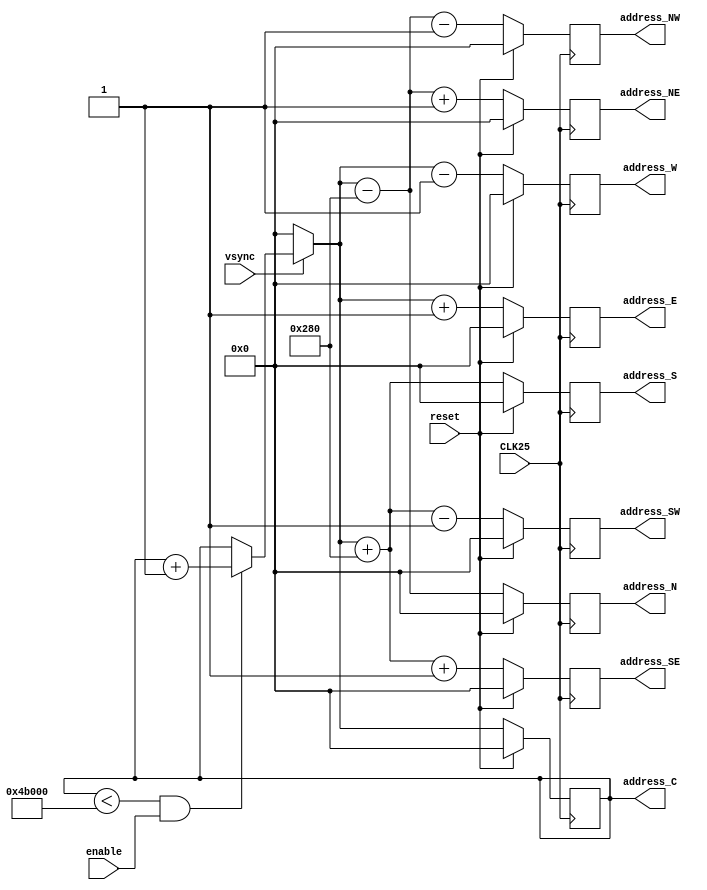
//////////////////////////////////////////////////////////////////////////////////
// Company: Akademia Grniczo-Hutnicza w Krakowie
// rdo moduu: https://www.fpga4student.com/2018/08/basys-3-fpga-ov7670-camera.html
// Tumaczone z jzyka vhdl, przerabiane do poprawnego dziaania i modyfikowane
// dla uzyskania funkcjonalnoci wymaganych przez projekt
// Project Name: Ardudido
// Tool Versions: Vivado 2017.3
//////////////////////////////////////////////////////////////////////////////////

module Address_Generator (

   input wire CLK25, 
   input wire enable,
   input wire reset,
   input wire vsync, 
   output reg [18:0] address_C,
   output reg [18:0] address_N,
   output reg [18:0] address_NE,
   output reg [18:0] address_E,
   output reg [18:0] address_SE,
   output reg [18:0] address_S,
   output reg [18:0] address_SW,
   output reg [18:0] address_W,
   output reg [18:0] address_NW
);   

	reg [18:0] address_C_nxt;

	always @ * begin
        
            
            if(vsync == 1'b0)begin
                address_C_nxt = 19'd0;
            end else begin
                if((address_C < 640*480) && (enable == 1'b1) ) begin // 640*480
                    address_C_nxt = address_C +1;
                end else begin
                    address_C_nxt = address_C;
                end
            end
            
            
        end

	
	always @(posedge CLK25) begin
		
		if (reset == 1'b1) begin
			address_C <= {19{1'b0}};
			address_N <= {19{1'b0}};
			address_NE <= {19{1'b0}};
			address_E <= {19{1'b0}};
			address_SE <= {19{1'b0}};
			address_S <= {19{1'b0}};
			address_SW <= {19{1'b0}};
			address_W <= {19{1'b0}};
			address_NW <= {19{1'b0}};
		end else begin
		
			address_C <= address_C_nxt;
			address_N <= address_C_nxt - 640;
			address_NE <= address_C_nxt - 640 + 1;
			address_E <= address_C_nxt + 1;
			address_SE <= address_C_nxt + 640 + 1;
			address_S <= address_C_nxt + 640;
			address_SW <= address_C_nxt + 640 - 1;
			address_W <= address_C_nxt - 1;
			address_NW <= address_C_nxt - 640 - 1;
		end
	end		
		
    
endmodule